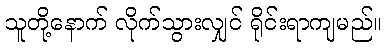
သူတို့နောက် လိုက်သွားလျှင် ရိုင်းရာကျမည်။